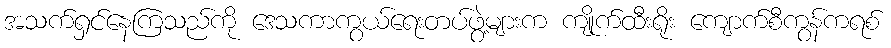
အသက်ရှင်နေကြသည်ကို ဒေသကာကွယ်ရေးတပ်ဖွဲ့များက ကျိုက်ထီးရိုး ကျောက်စီကွန်ကရစ်